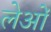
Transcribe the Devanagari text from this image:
लेओं